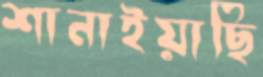
শানাইয়াছি